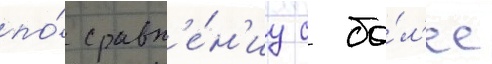
по́ сравн'е́н'иу с бо́л'ее